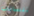
تنساني